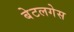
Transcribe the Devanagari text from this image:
बेटलगेस